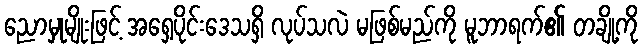
ညောမှုမျိုးဖြင့် အရှေ့ပိုင်းဒေသရှိ လုပ်သလဲ မဖြစ်မည်ကို မူဘာရက်၏ တချို့ကို